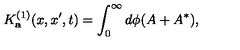
K _ { \bf a } ^ { ( 1 ) } ( x , x ^ { \prime } , t ) = \int _ { 0 } ^ { \infty } d \phi ( A + A ^ { * } ) ,